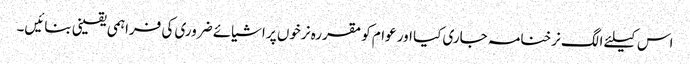
اس کیلئے الگ نرخنامہ جاری کیا اور عوام کو مقررہ نرخوں پر اشیائے ضروری کی فراہمی یقینی بنائیں۔